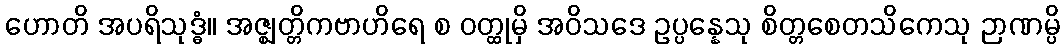
ဟောတိ အပရိသုဒ္ဓံ။ အဇ္ဈတ္တိကဗာဟိရေ စ ဝတ္ထုမှိ အဝိသဒေ ဥပ္ပန္နေသု စိတ္တစေတသိကေသု ဉာဏမ္ပိ